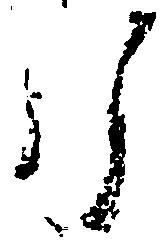
行